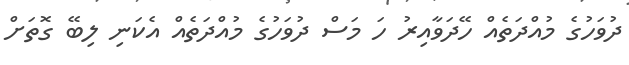
ދުވަހުގެ މުއްދަތެއް ހޭދަވާއިރު ހަ މަސް ދުވަހުގެ މުއްދަތެއް އެކަނި ލިބޭ ގޮތަށް